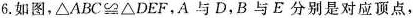
6.如图，$$\bigtriangleup A B C ≌ \bigtriangleup D E F$$，A与D，B与E分别是对应顶点，